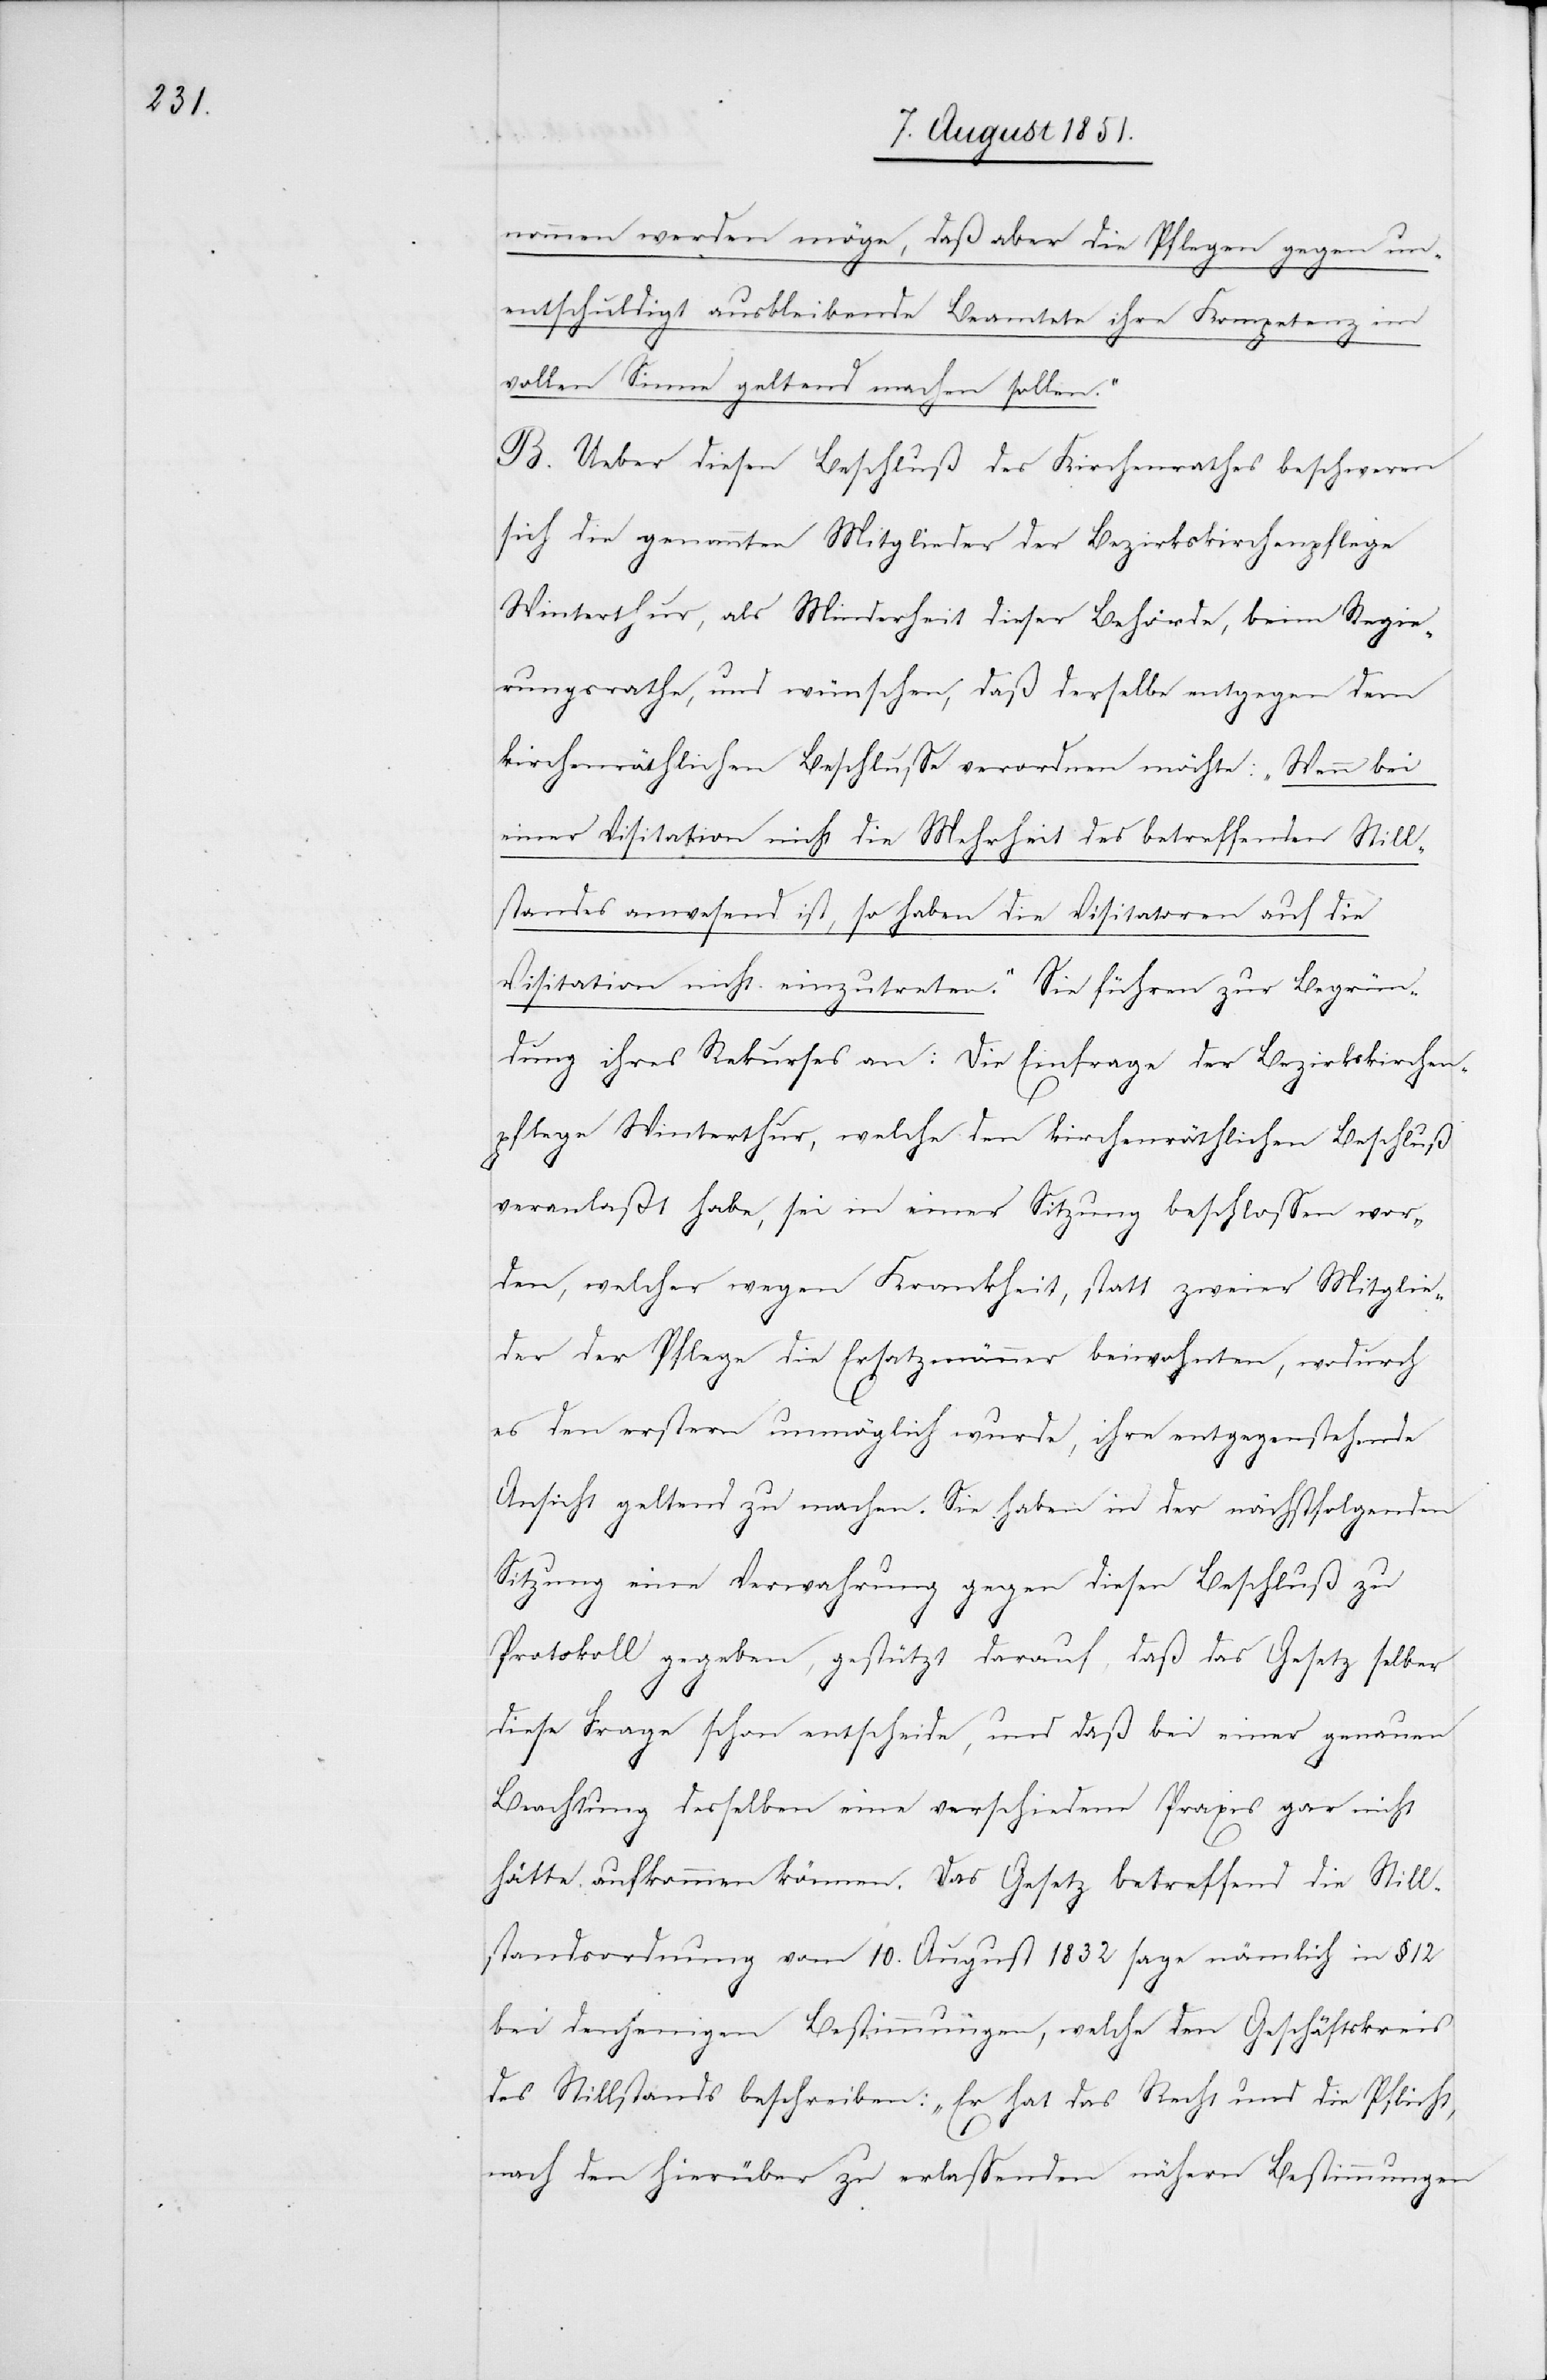
nommen werden möge, daß aber die Pflegen gegen un¬
entschuldigt ausbleibende Beamtete ihre Kompetenz im
vollen Sinne geltend machen sollen.“
B. Ueber diesen Beschluß des Kirchenrathes beschweren
sich die genannten Mitglieder der Bezirkskirchenpflege
Winterthur, als Minderheit dieser Behörde, beim Regie¬
rungsrathe, und wünschen, daß derselbe entgegen dem
kirchenräthlichen Beschlusse verordnen möchte: „Wenn bei
einer Visitation nicht die Mehrheit des betreffenden Still¬
standes anwesend ist, so haben die Visitatoren auf die
Visitation nicht einzutreten.“ Sie führen zur Begrün¬
dung ihres Rekurses an: Die Einfrage der Bezirkskirchen¬
pflege Winterthur, welche den kirchenräthlichen Beschluß
veranlaßt habe, sei in einer Sitzung beschlossen wor¬
den, welcher wegen Krankheit, statt zweier Mitglie¬
der der Pflege die Ersatzmänner beiwohnten, wodurch
es den erstern unmöglich wurde, ihre entgegenstehende
Ansicht geltend zu machen. Sie haben in der nächstfolgenden
Sitzung eine Verwahrung gegen diesen Beschluß zu
Protokoll gegeben, gestützt darauf, daß das Gesetz selber
diese Frage schon entscheide, und daß bei einer genauen
Beachtung desselben eine verschiedene Praxis gar nicht
hätte aufkommen können. Das Gesetz betreffend die Still¬
standsordnung vom 10. August 1832 sage nämlich in § 12
bei denjenigen Bestimmungen, welche den Geschäftskreis
des Stillstandes beschreiben: „Er hat das Recht und die Pflicht,
nach den hierüber zu erlassenden nähern Bestimmungen